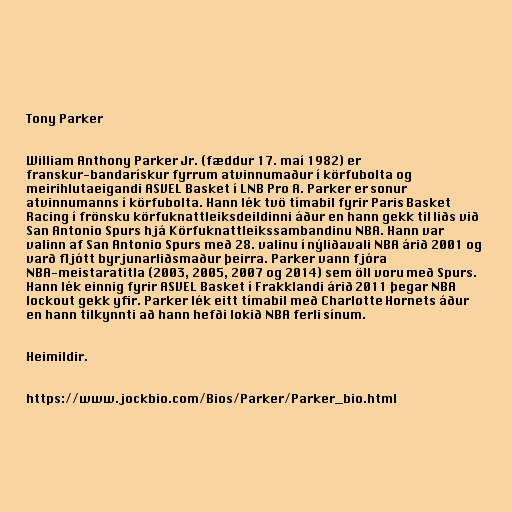
Tony Parker

William Anthony Parker Jr. (fæddur 17. maí 1982) er
franskur-bandarískur fyrrum atvinnumaður í körfubolta og
meirihlutaeigandi ASVEL Basket í LNB Pro A. Parker er sonur
atvinnumanns í körfubolta. Hann lék tvö tímabil fyrir Paris Basket
Racing í frönsku körfuknattleiksdeildinni áður en hann gekk til liðs við
San Antonio Spurs hjá Körfuknattleikssambandinu NBA. Hann var
valinn af San Antonio Spurs með 28. valinu í nýliðavali NBA árið 2001 og
varð fljótt byrjunarliðsmaður þeirra. Parker vann fjóra
NBA-meistaratitla (2003, 2005, 2007 og 2014) sem öll voru með Spurs.
Hann lék einnig fyrir ASVEL Basket í Frakklandi árið 2011 þegar NBA
lockout gekk yfir. Parker lék eitt tímabil með Charlotte Hornets áður
en hann tilkynnti að hann hefði lokið NBA ferli sínum.

Heimildir.

https://www.jockbio.com/Bios/Parker/Parker_bio.html